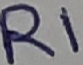
Text: R1